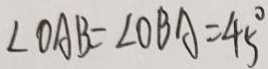
\angle O A B = \angle O B A = 4 5 ^ { \circ }